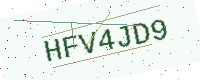
Text: HFV4JD9